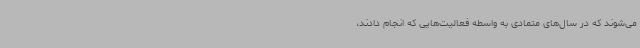
می‌شوند که در سال‌های متمادی به واسطه فعالیت‌هایی که انجام دادند،